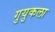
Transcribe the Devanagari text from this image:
गुयुकला